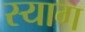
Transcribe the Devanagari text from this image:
स्याग